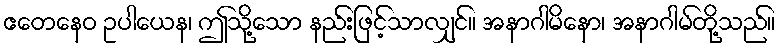
ဧတေနေဝ ဥပါယေန၊ ဤသို့သော နည်းဖြင့်သာလျှင်။ အနာဂါမိနော၊ အနာဂါမ်တို့သည်။